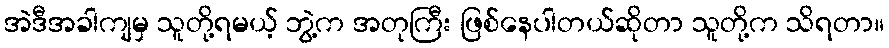
အဲဒီအခါကျမှ သူတို့ရမယ့် ဘွဲ့က အတုကြီး ဖြစ်နေပါတယ်ဆိုတာ သူတို့က သိရတာ။